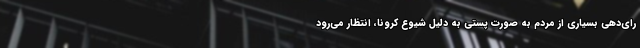
رای‌دهی بسیاری از مردم به صورت پستی به دلیل شیوع کرونا، انتظار می‌رود